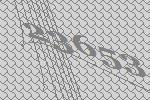
23653